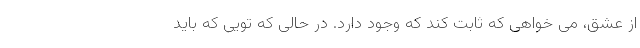
از عشق، می خواهی که ثابت کند که وجود دارد. در حالی که تویی که باید